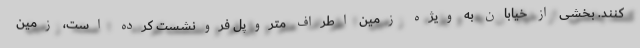
کنند. بخشی از خیابان به ویژه زمین اطراف متروپل فرونشست کرده است، زمین